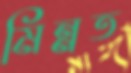
মিন্নত